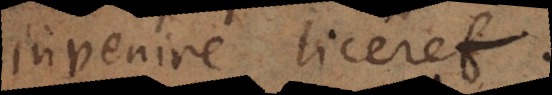
invenire liceret.